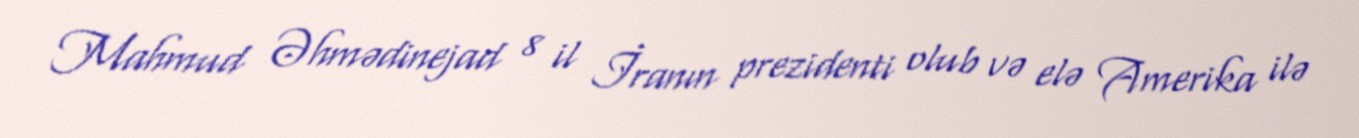
Mahmud Əhmədinejad 8 il İranın prezidenti olub və elə Amerika ilə